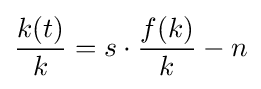
{\frac {k(t)}{k}}=s\cdot {\frac {f(k)}{k}}-n